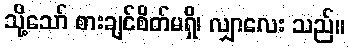
သို့သော် စားချင်စိတ်မရှိ၊ လျှာလေး သည်။